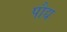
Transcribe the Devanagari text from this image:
पौद्य